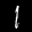
Label: 1